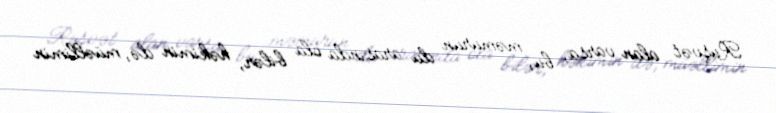
Rüşvət alan varsa, bu, məmurun da arasında ola bilər, həkimin də, müəllimin